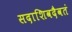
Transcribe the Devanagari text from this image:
सदाशिवदैवतं